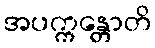
အပက္ကန္တောတိ